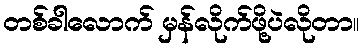
တစ်ခါလောက် မှန်လိုက်ဖို့ပဲလိုတာ။